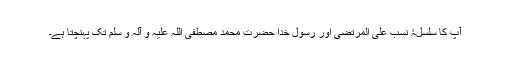
آپ کا سلسلۂ نسب علی المرتضی اور رسول خدا حضرت محمد مصطفی اللہ علیہ و آلہ و سلم تک پہنچتا ہے۔